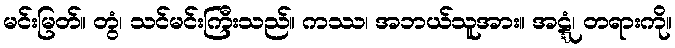
မင်းမြတ်။ တွံ၊ သင်မင်းကြီးသည်။ ကဿ၊ အဘယ်သူအား။ အဋ္ဋံ၊ တရားကို။